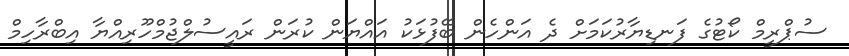
ސުޕްރީމް ކޯޓުގެ ފަނޑިޔާރުކަމަށް ދެ އަންހެން ބޭފުޅަކު އައްޔަން ކުރަން ރައީސުލްޖުމްހޫރިއްޔާ އިބްރާހިމް